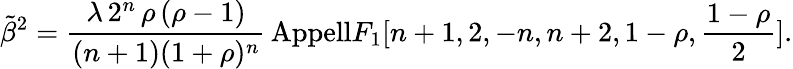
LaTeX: \tilde{\beta}^{2}=\frac{\lambda\, 2^{n}\, \rho\, (\rho-1)}{(n+1)(1+\rho)^{n}}\, \mathrm{{Appell}}F_{1}[n+1,2,-n,n+2,1-\rho,\frac{1-\rho}{2}].